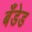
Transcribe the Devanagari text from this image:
बँडेड